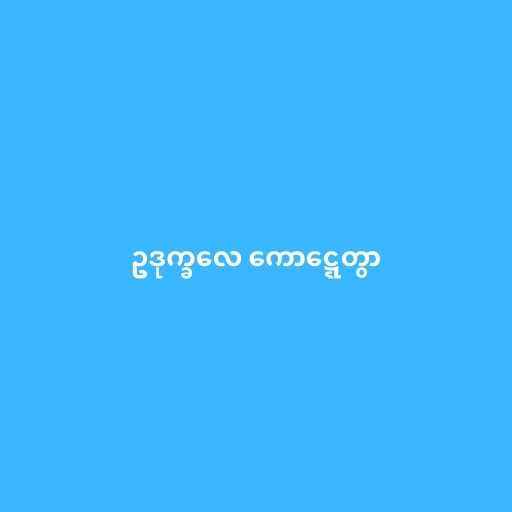
ဥဒုက္ခလေ ကောဋ္ဋေတွာ